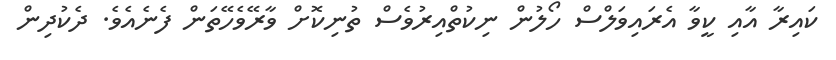
ކައިރާ އާއި ކީވާ އެރައިވަލްސް ހޯލުން ނިކުތްއިރުވެސް ތުނިކޮށް ވާރޭވެހޭތަން ފެނެއެވެ. ދެކުދިން